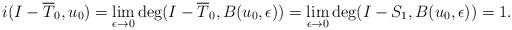
LaTeX: \begin{align*}i(I-\overline T_0,u_0)=\lim_{\epsilon\to0} \textup{deg}(I-\overline T_0, B(u_0, \epsilon))=\lim_{\epsilon\to0} \textup{deg}(I-S_1, B(u_0, \epsilon))= 1.\end{align*}